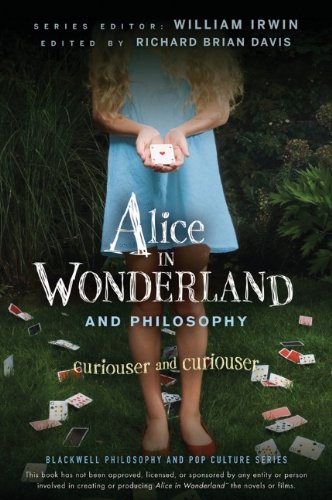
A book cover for Alice in Wonderland and Philosophy: Curiouser and Curiouser; William Irwin; Politics & Social Sciences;